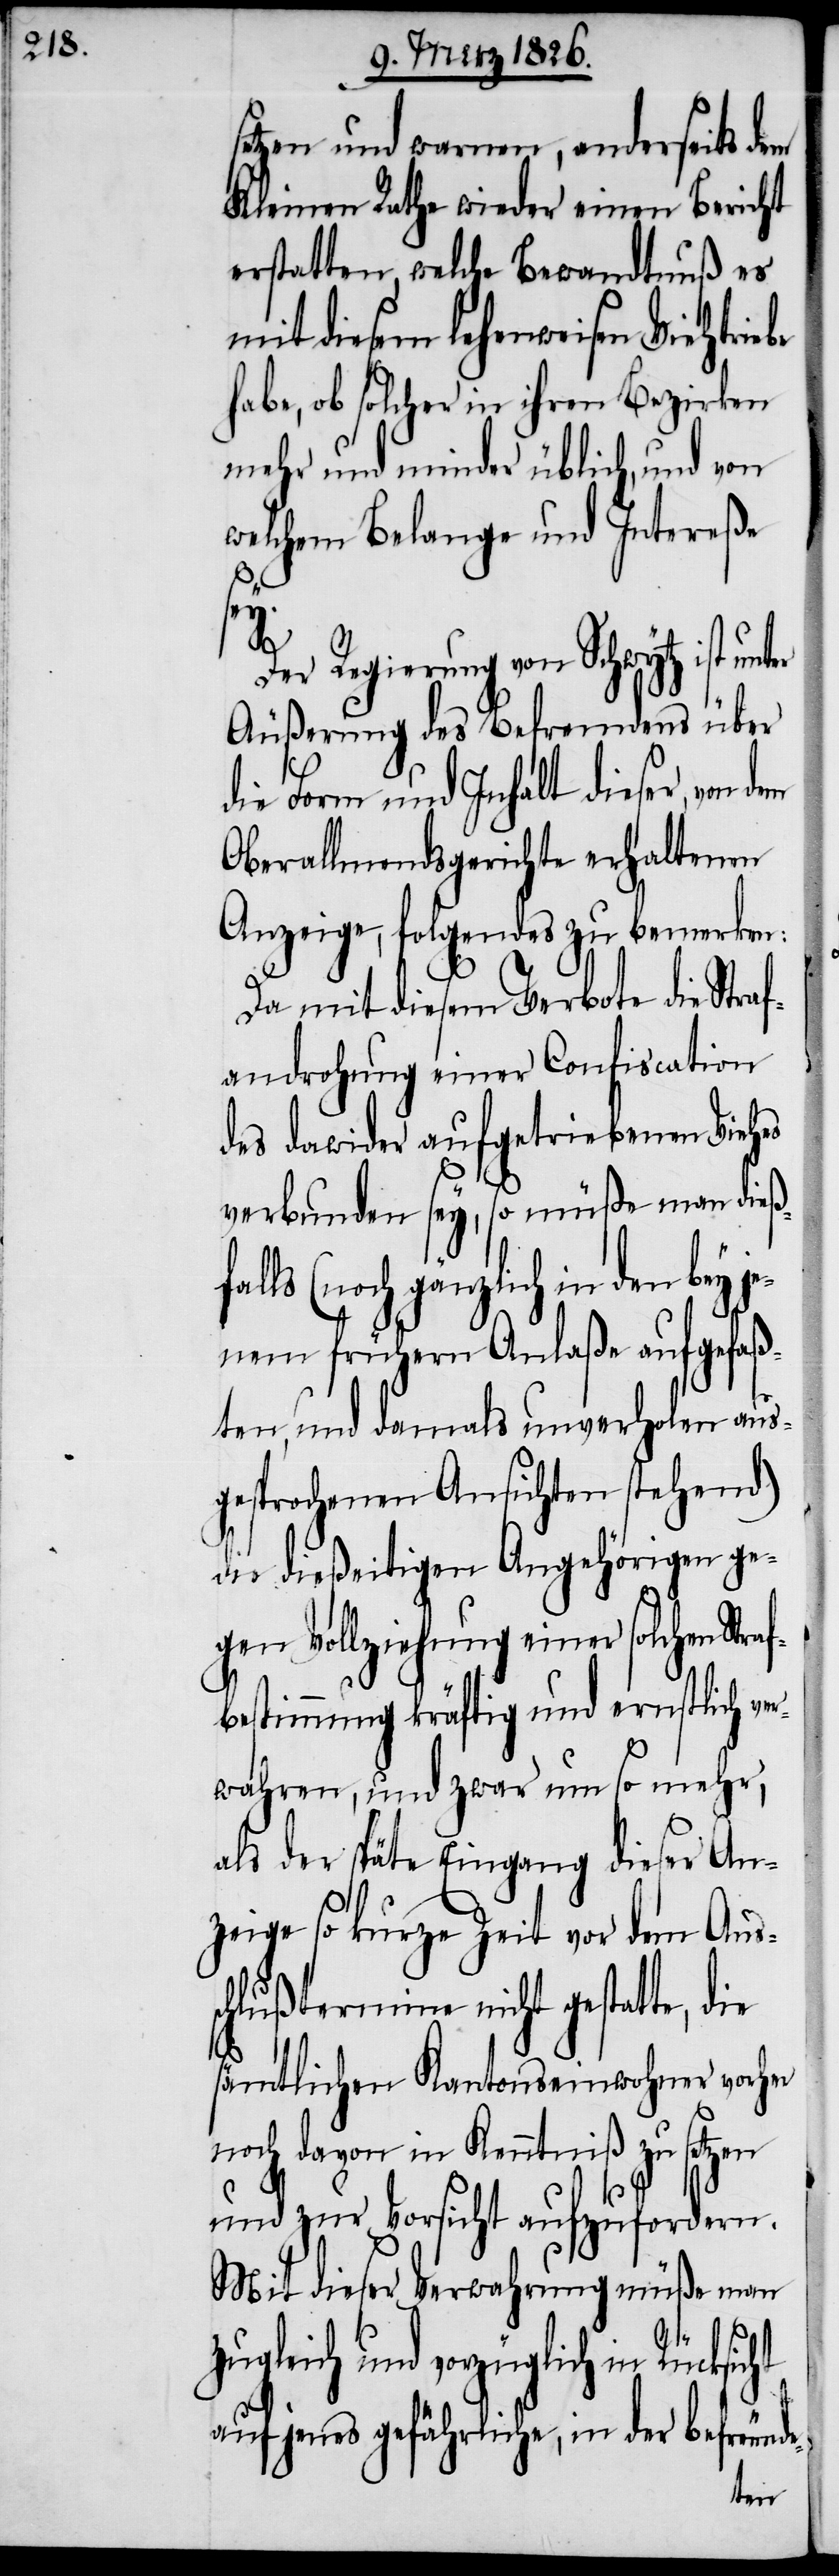
setzen und warnen, anderseits dem
Kleinen Rath wieder einen Bericht
erstatten, welche Bewandtnuß es
mit diesem lehenweisen Viehtriebe
habe, ob solcher in ihren Bezirken
mehr und minder üblich, und von
welchem Belange und Intereße
Der Regierung von Schwytz ist
Äußerung des Befremdens über
die Form und Inhalt dieser, von
Oberallmendsgerichte erhaltenen
Anzeige, folgendes zu bemerken:
Da mit diesem Verbote die Str¬
afandrohung einer Confiscation
des dawider aufgetriebenen Viehes
verbunden sey, so müße man dießf¬
alls (noch gänzlich in den bey
nem frühern Anlaße aufgefaß¬
ten, und damals unverholen aus¬
gesprochenen Ansichten stehend)
die dießeitigen Angehörigen ge¬
gen Vollziehung einer solchen Stra¬
fbestimmung kräftig und ernstlich ve¬
rwahren, und zwar um so mehr,
als der späte Eingang dieser An¬
zeige so kurze Zeit vor dem Aus¬
chlußtermine nicht gestatte, die
sämtlichen Kantonseinwohner vorher
noch davon in Kenntniß zu setzen
und zur Vorsicht aufzufordern.
Mit dieser Verwahrung müße man
e-
je¬
zugleich und vorzüglich in Rücksicht
auf jenes gefährliche, in der befreund¬